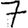
Digit: 7